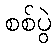
စစ်ပွဲ